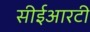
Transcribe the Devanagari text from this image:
सीईआरटी